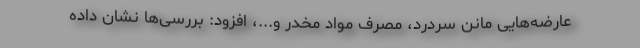
عارضه‌هایی مانن سردرد، مصرف مواد مخدر و...، افزود: بررسی‌ها نشان داده